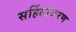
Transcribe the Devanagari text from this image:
सहिंताकरण